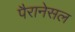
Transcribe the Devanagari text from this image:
पैरानेसल